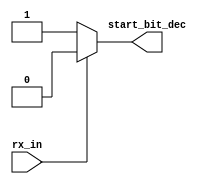
module detect_start (rx_in , start_bit_dec) ;

input rx_in  ;
output start_bit_dec ;


assign start_bit_dec = rx_in ? 0 : 1 ;


endmodule